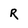
Character: R